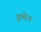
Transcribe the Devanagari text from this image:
इलेन